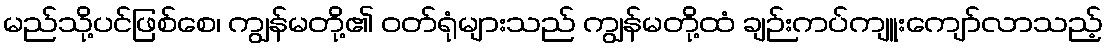
မည်သို့ပင်ဖြစ်စေ၊ ကျွန်မတို့၏ ဝတ်ရုံများသည် ကျွန်မတို့ထံ ချဉ်းကပ်ကျူးကျော်လာသည့်